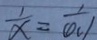
\frac { 1 } { x } = \frac { 1 } { 0 . 1 }